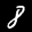
Label: 8